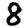
Digit: 8